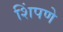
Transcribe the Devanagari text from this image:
शिंपणे